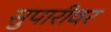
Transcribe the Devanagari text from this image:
सुपारीवर